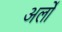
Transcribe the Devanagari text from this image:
अर्लों